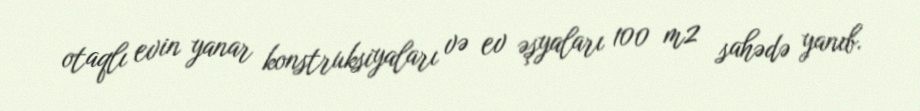
otaqlı evin yanar konstruksiyaları və ev əşyaları 100 m2 sahədə yanıb.